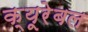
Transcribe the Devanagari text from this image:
क्यूरेबल